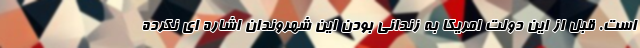
است. قبل از این دولت امریکا به زندانی بودن این شهروندان اشاره ای نکرده